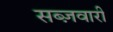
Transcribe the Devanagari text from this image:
सब्ज़वारी